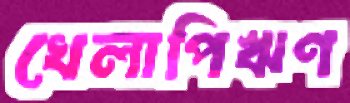
খেলাপিঋণ